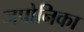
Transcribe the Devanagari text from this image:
जपोनिका